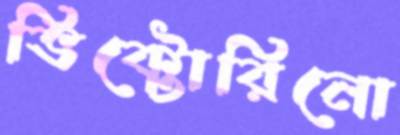
ভিক্টোরিনো